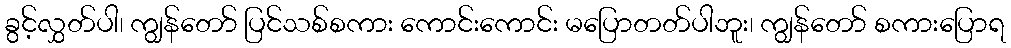
ခွင့်လွှတ်ပါ၊ ကျွန်တော် ပြင်သစ်စကား ကောင်းကောင်း မပြောတတ်ပါဘူး၊ ကျွန်တော် စကားပြောရ